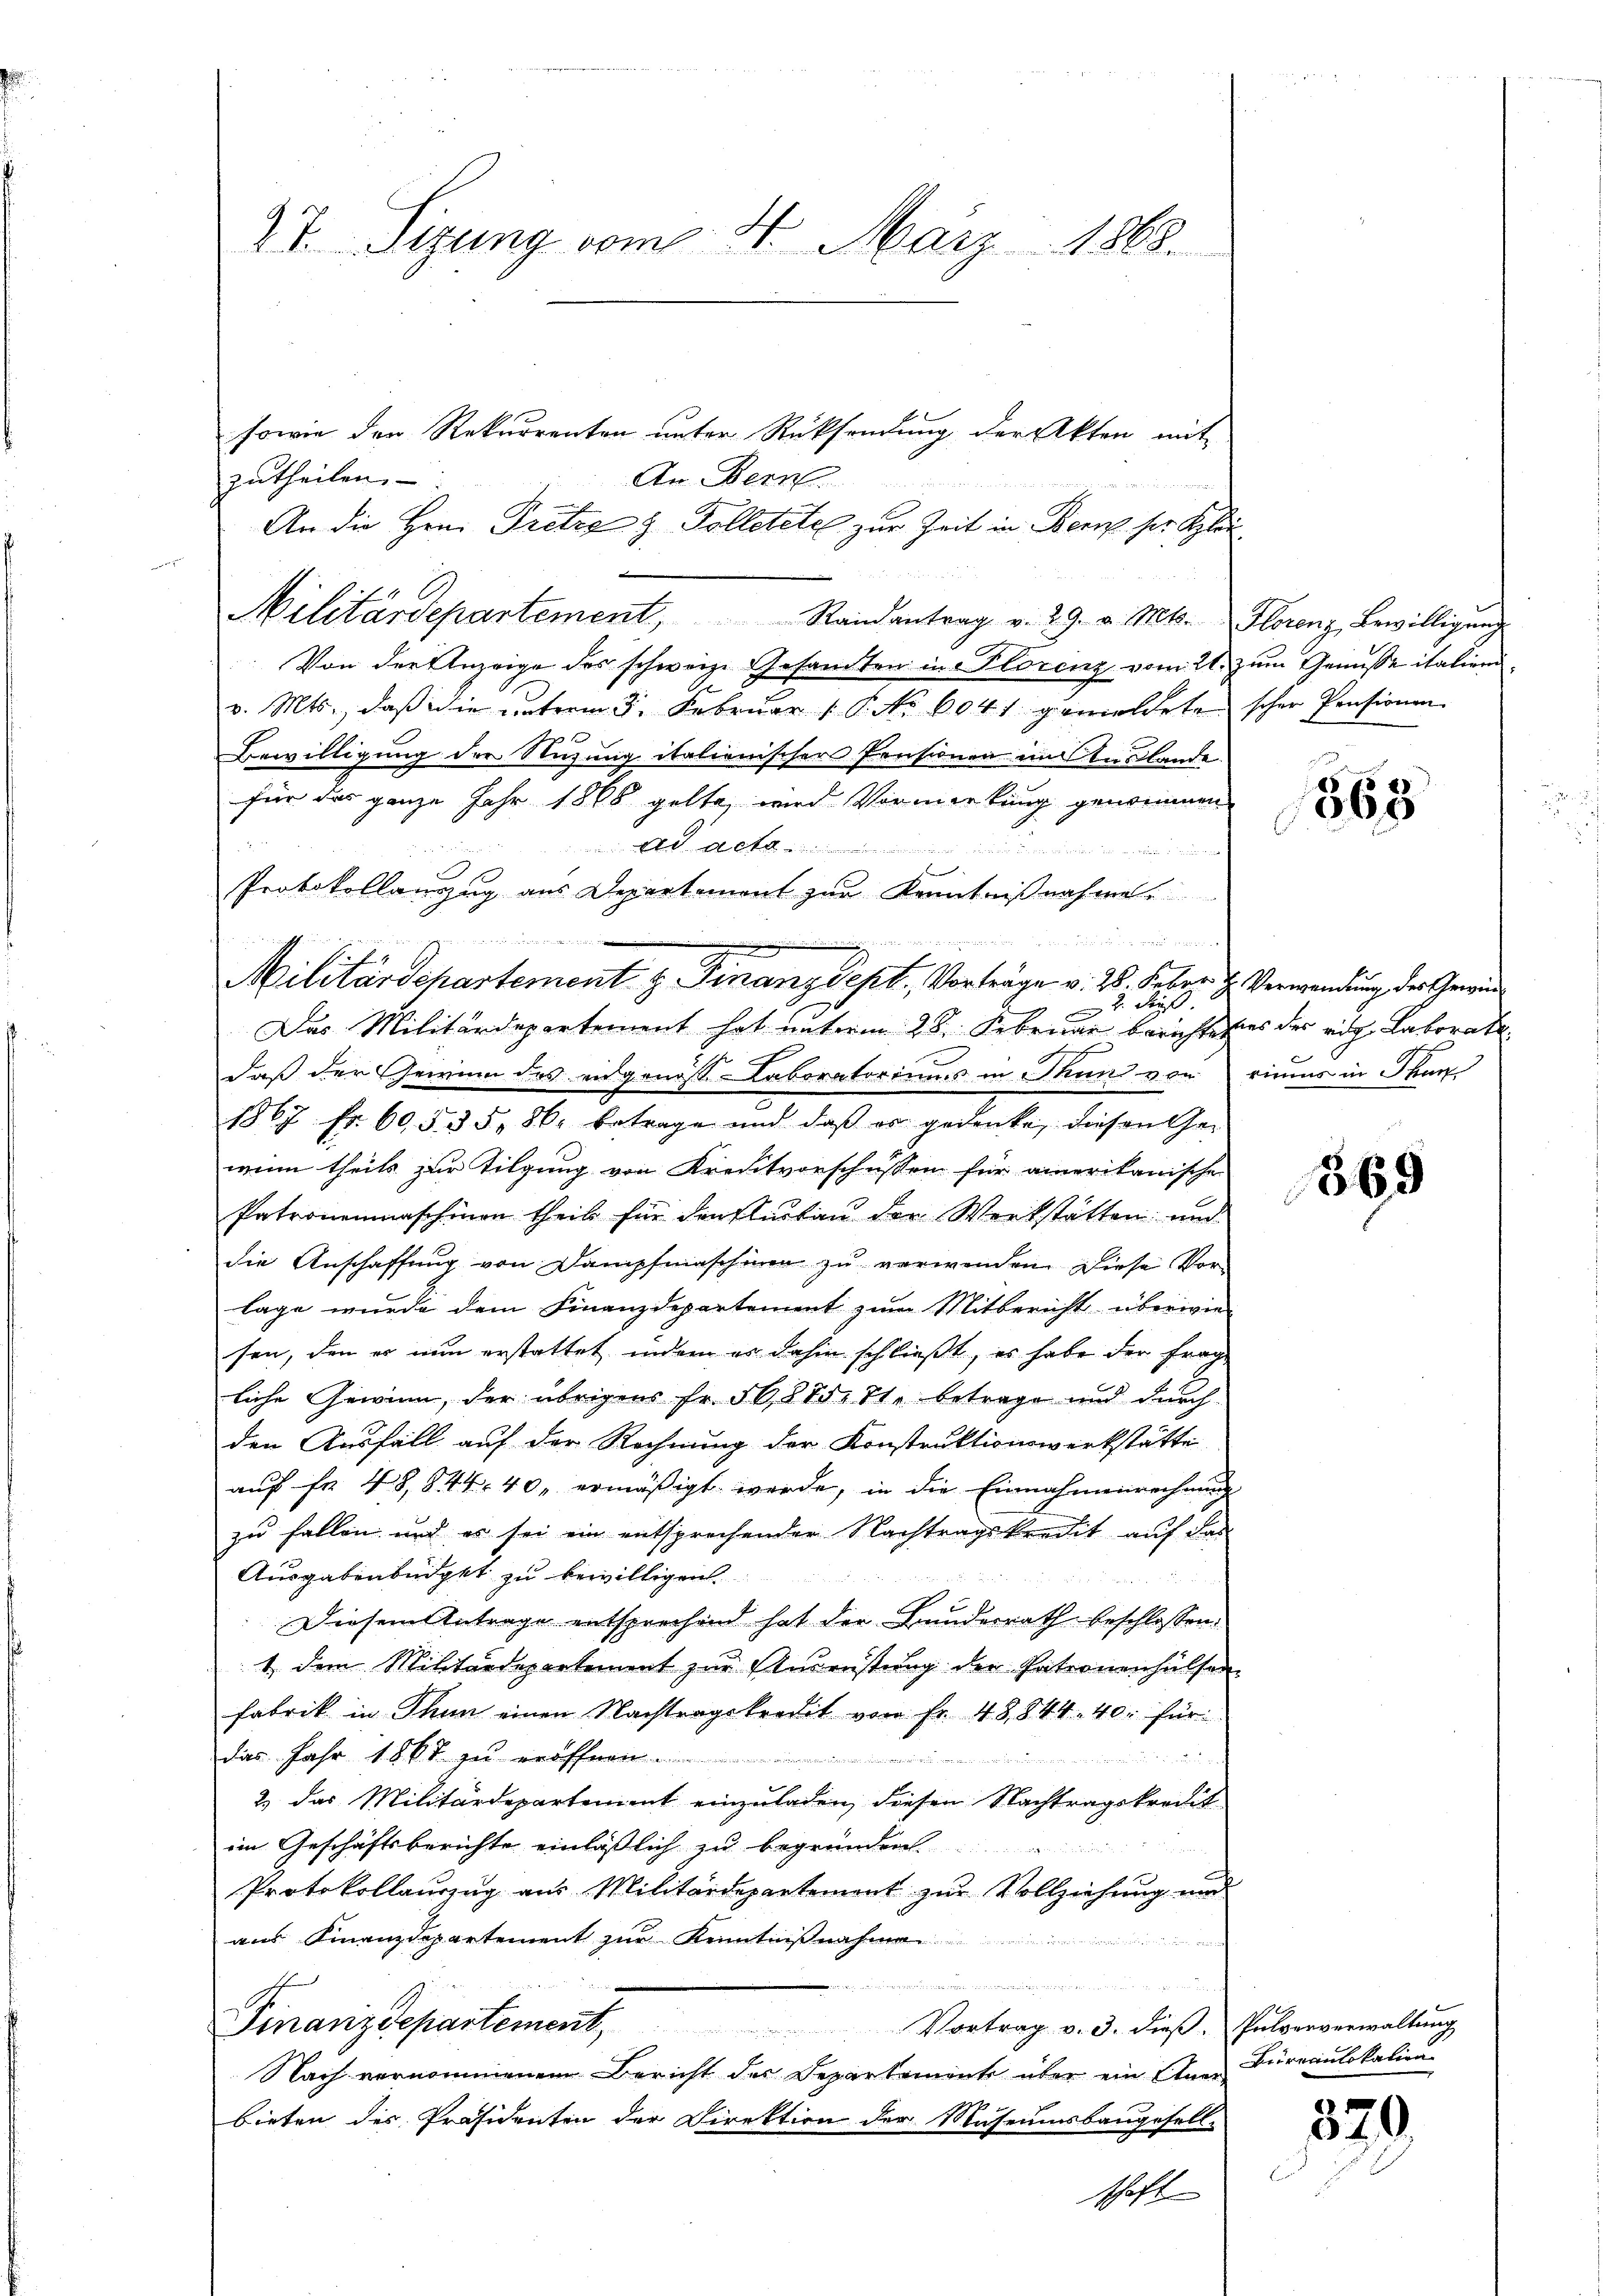
sowie der Rekurrenten unter Rücksendung der Akten mit
An Bern
zutheilen.
An die Hrn. Pretze z. Polletete zur Zeit in Bern ser Aplan
ain der welche
Militärdepartement, Randantrag v. 29. v. Mts. Florenz bewilligung
Von der Anzeige des schweiz. Gesamten in Florenz vom 21. zum Genüsse italienv. Mts., daß die unterm 3. Februar 1 P. Nr. 6041 gemeldete schon Pensionen
Bewilligung der Nuzung italienischer Pensionen im Auslande
für das ganze Jahr 1866 gelte, wird Vormerkung genommen
Ad aeta

2
Protokollauzzug aus Departement zur Kenntnißnahme

2. dieß
e
Das Militärdepartement hat unterm 28. Februar berichtetes des rich Laborate
daß der Gewinn des eidgenoß Laboratoriums in Thun von
1867 fr. 60 § 35, 86. betrage und daβ er gedenke, diesen Ge-
wenn theils zur Tilgung von Kreditvorschussen für amerikanische
Patronenmaschinen theil für den Elisau der Werkstätten und
die Anschaffŭng von Dampfmaschinen zŭ verwenden. Diese Vor-
lage wurde dem Finanzdepartement zum Mitbericht überwie
sen, den er nun erstattet, indem es dahin schließt, es habe der Frag
liche Gewinn, der übrigens Fr. 56, 875. 11. betrage und durch
den Ausfall auf der Rechnung der Konstruktionswerkstätte
auf Fr. 48, 844. 40, ermäßigt werde, in die Einnahmenrechnung
zu fallen und es sei ein entsprechender Nachtragskredit auf das
Ausgabenbüdget zu bewilligen.
n
Diesem Antrage entsprechend hat der Bunderrath beschlossen:
1 dem Militärdepartement zur Ausreistung der Patronenhälsen
fabrik in Thun einen Nachtragskredit von Fr. 48844. 40. für
das Jahr 1861 zu eröffnen......................................................................................
2.) Das Militärdepartement einzuladen, diesen Nachtragskredit
im Geschäftsberichte einläßlich zu begründen
Protokollauszug aus Militärdepartement zur Vollziehung und
aŭs Finanzdepartement zŭr Kennt
 h e g an
u
Finanzdepartement, Vortrag v. 3. dieß. Pulveranwaltung
Nach vernommenen Bericht der Separtemente über ein Aner
bieten des Präsidenten der Direktion der Museumsbaugesell-
schaft

27. Sizung vom 4. März 1868.

Militärdepartement z. Finanzdept, Vorträge v. 28. Feber H. Verwendung der Gewin¬

363

riums in Thun

1869

Beirernlokation

870